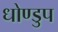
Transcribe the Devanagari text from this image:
धोण्डुप